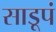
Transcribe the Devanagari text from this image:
साडूपं